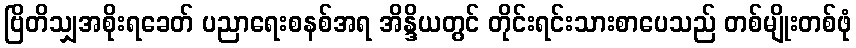
ဗြိတိသျှအစိုးရခေတ် ပညာရေးစနစ်အရ အိန္ဒိယတွင် တိုင်းရင်းသားစာပေသည် တစ်မျိုးတစ်ဖုံ